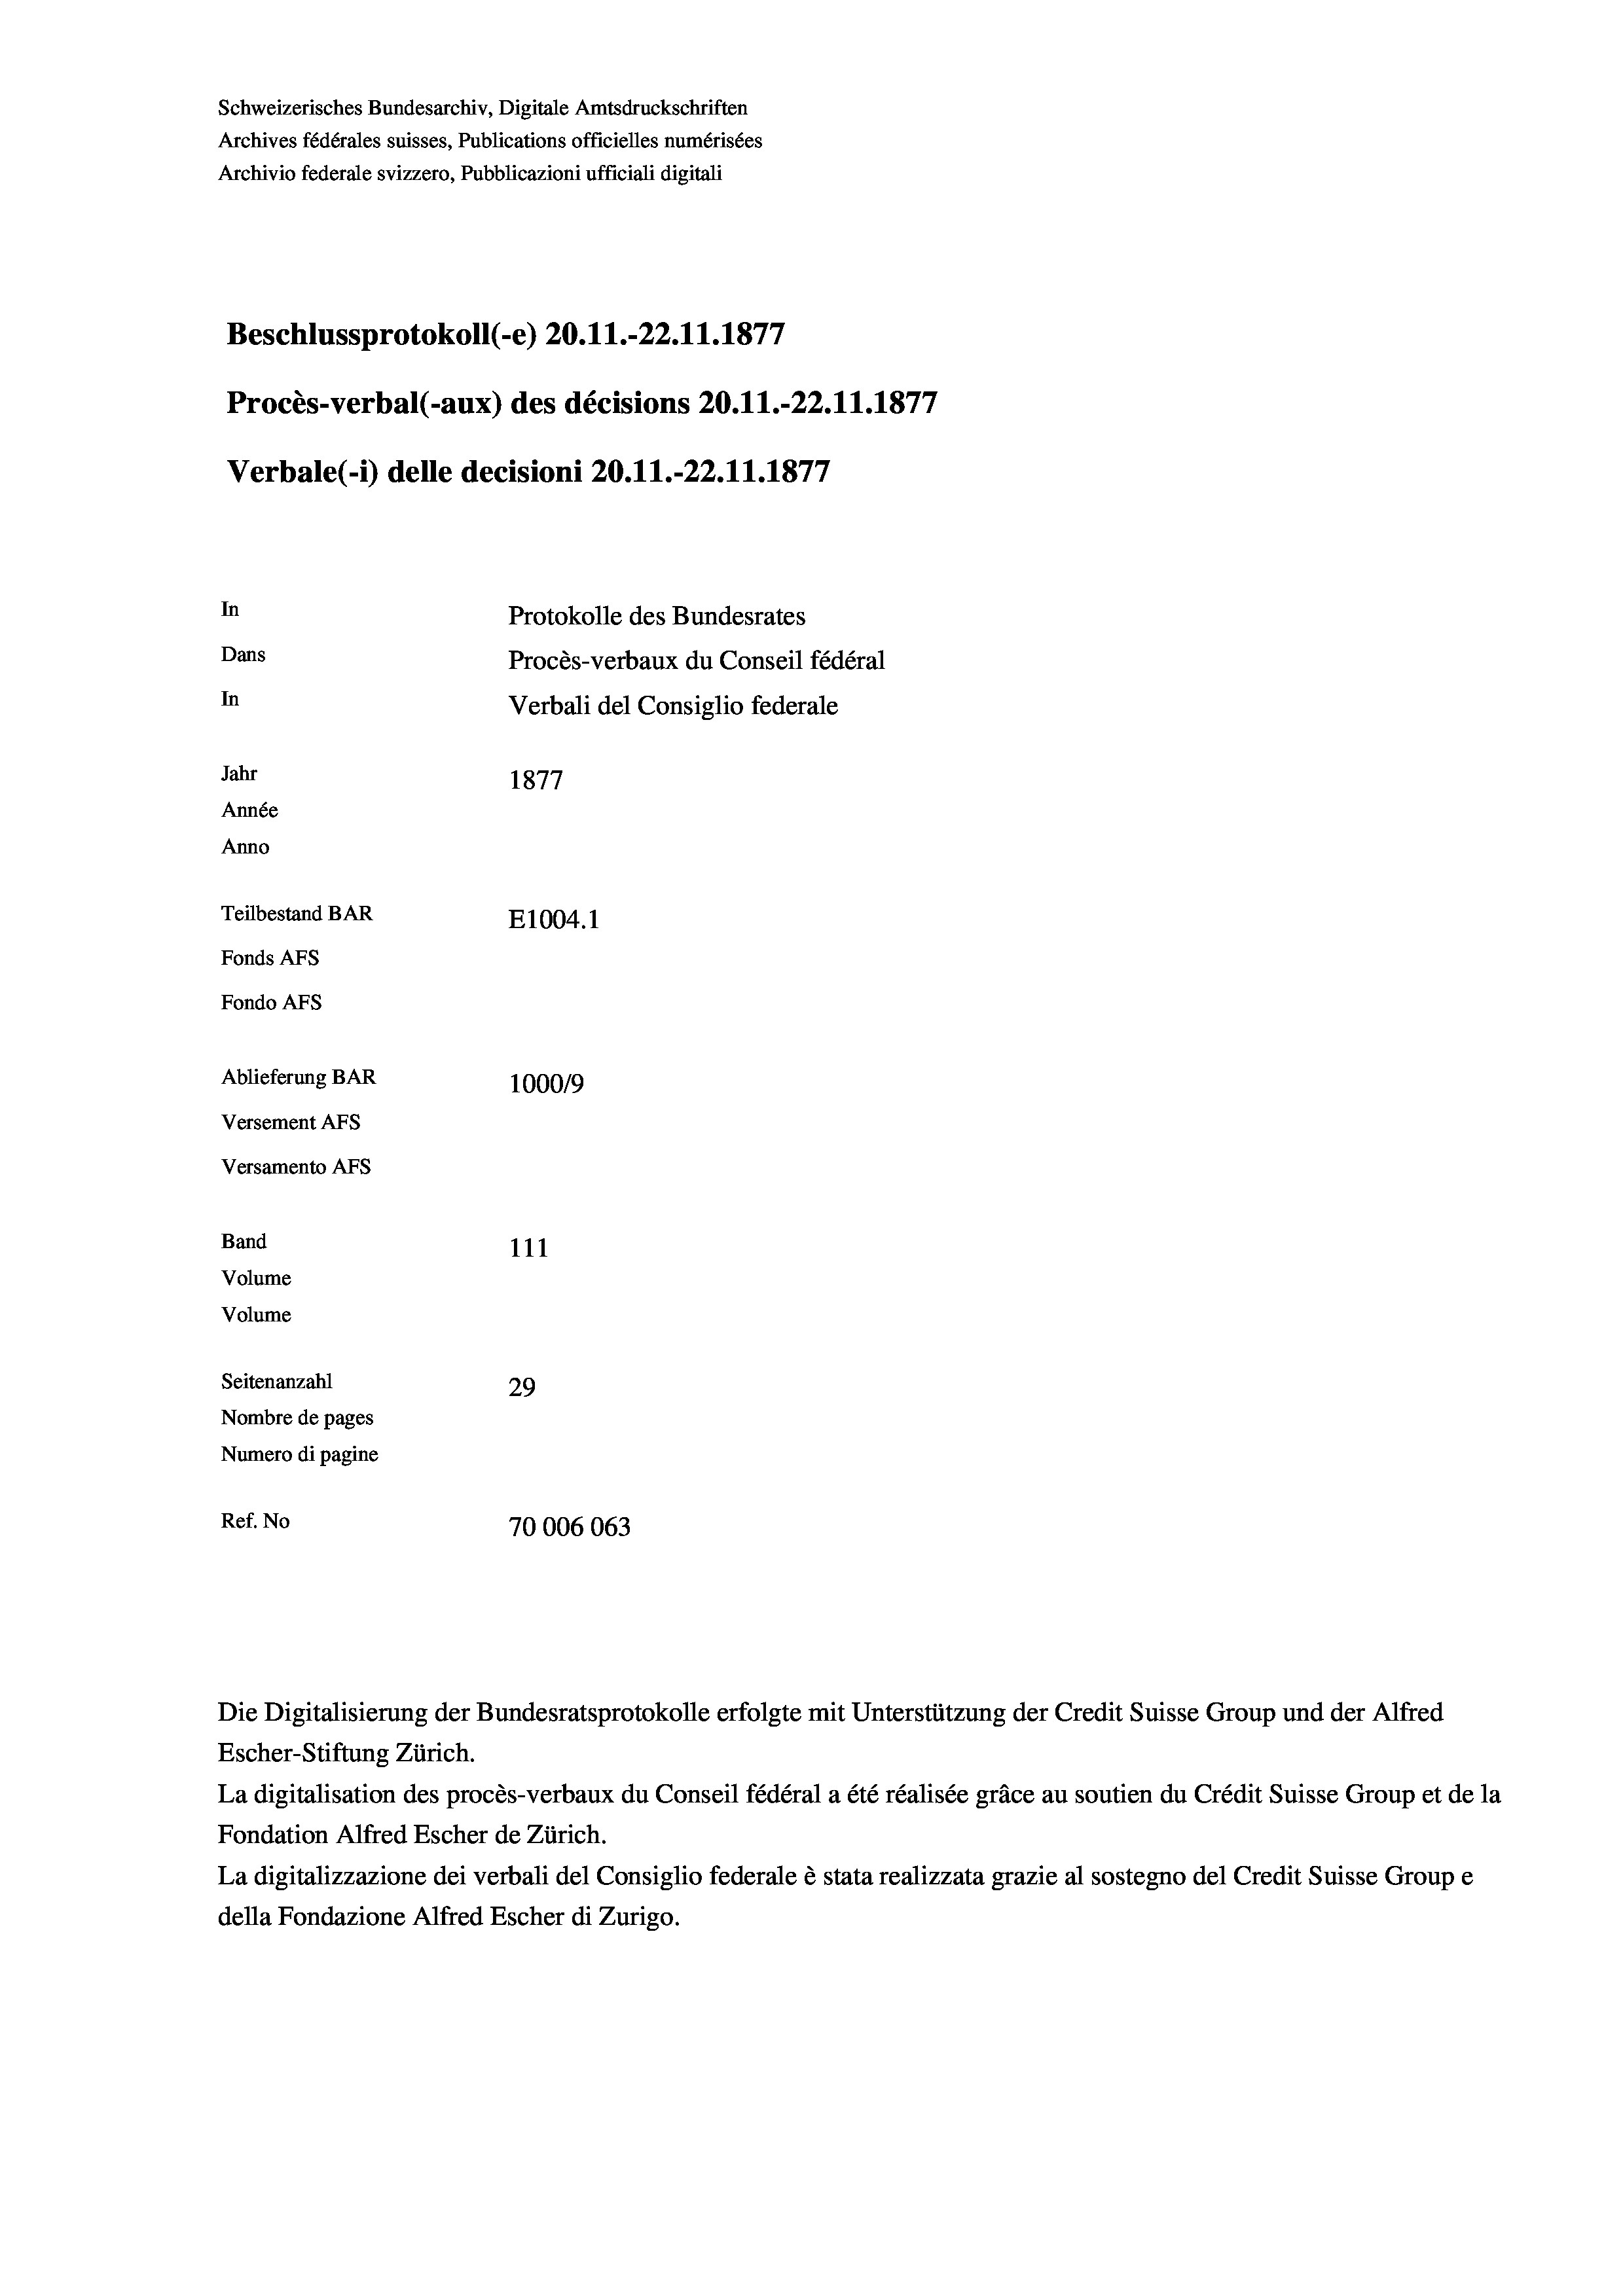
Schweizerisches Bundesarchiv, Digitale Amtsdruckschriften
Archives fédérales suisses, Publications officielles numérisées
Archivio federale svizzero, Pubblicazioni ufficiali digitali
Beschlussprotokoll (-e) 20.11.-22.11.1877
Procès-verbal (-aux) des décisions 20.11.-22.11.1877
Verbale (- 1) delle decisioni 20.11.-22.11.1877
In
Protokolle des Bundesrates
Dans
Procès-verbaux du Conseil fédéral
In
Verbali del Consiglio federale
Jahr
1877
Année
Anno
Teilbestand BAR
E1004.1
Fonds AFs
Fondo Afs
Ablieferung BAR
10009
Versement Ans
Versamento Afs
Band
111
Volume
Volume

Seitenanzahl
29
Nombre de pages
Numero di pagine
Ref. No
70006063

Die Digitalisierung der Bundesratsprotokolle erfolgte mit Unterstützung der Credit Suisse Group und der Alfred
Escher-Stiftung Zürich.
La digitalisation des procès-verbaux du Conseil fédéral a été réalisée gräce au soutien du Crédit Suisse Group et de la
Fondation Alfred Escher de Zürich.
La digitalizzazione dei verbali del Consiglio federale è stata realizzata grazie al sostegno del Credit Suisse Groupe
della Fondazione Alfred Escher di Zurigo.